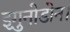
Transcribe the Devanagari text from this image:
इगु़नोडोन।